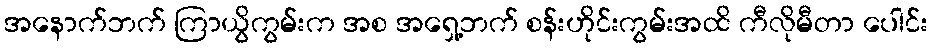
အနောက်ဘက် ကြာယွိကွမ်းက အစ အရှေ့ဘက် စန်းဟိုင်းကွမ်းအထိ ကီလိုမီတာ ပေါင်း